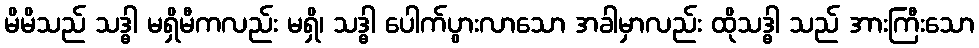
မိမိသည် သဒ္ဓါ မရှိမီကလည်း မရှိ၊ သဒ္ဓါ ပေါက်ပွားလာသော အခါမှာလည်း ထိုသဒ္ဓါ သည် အားကြီးသော